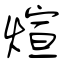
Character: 煊